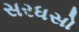
સરધસો